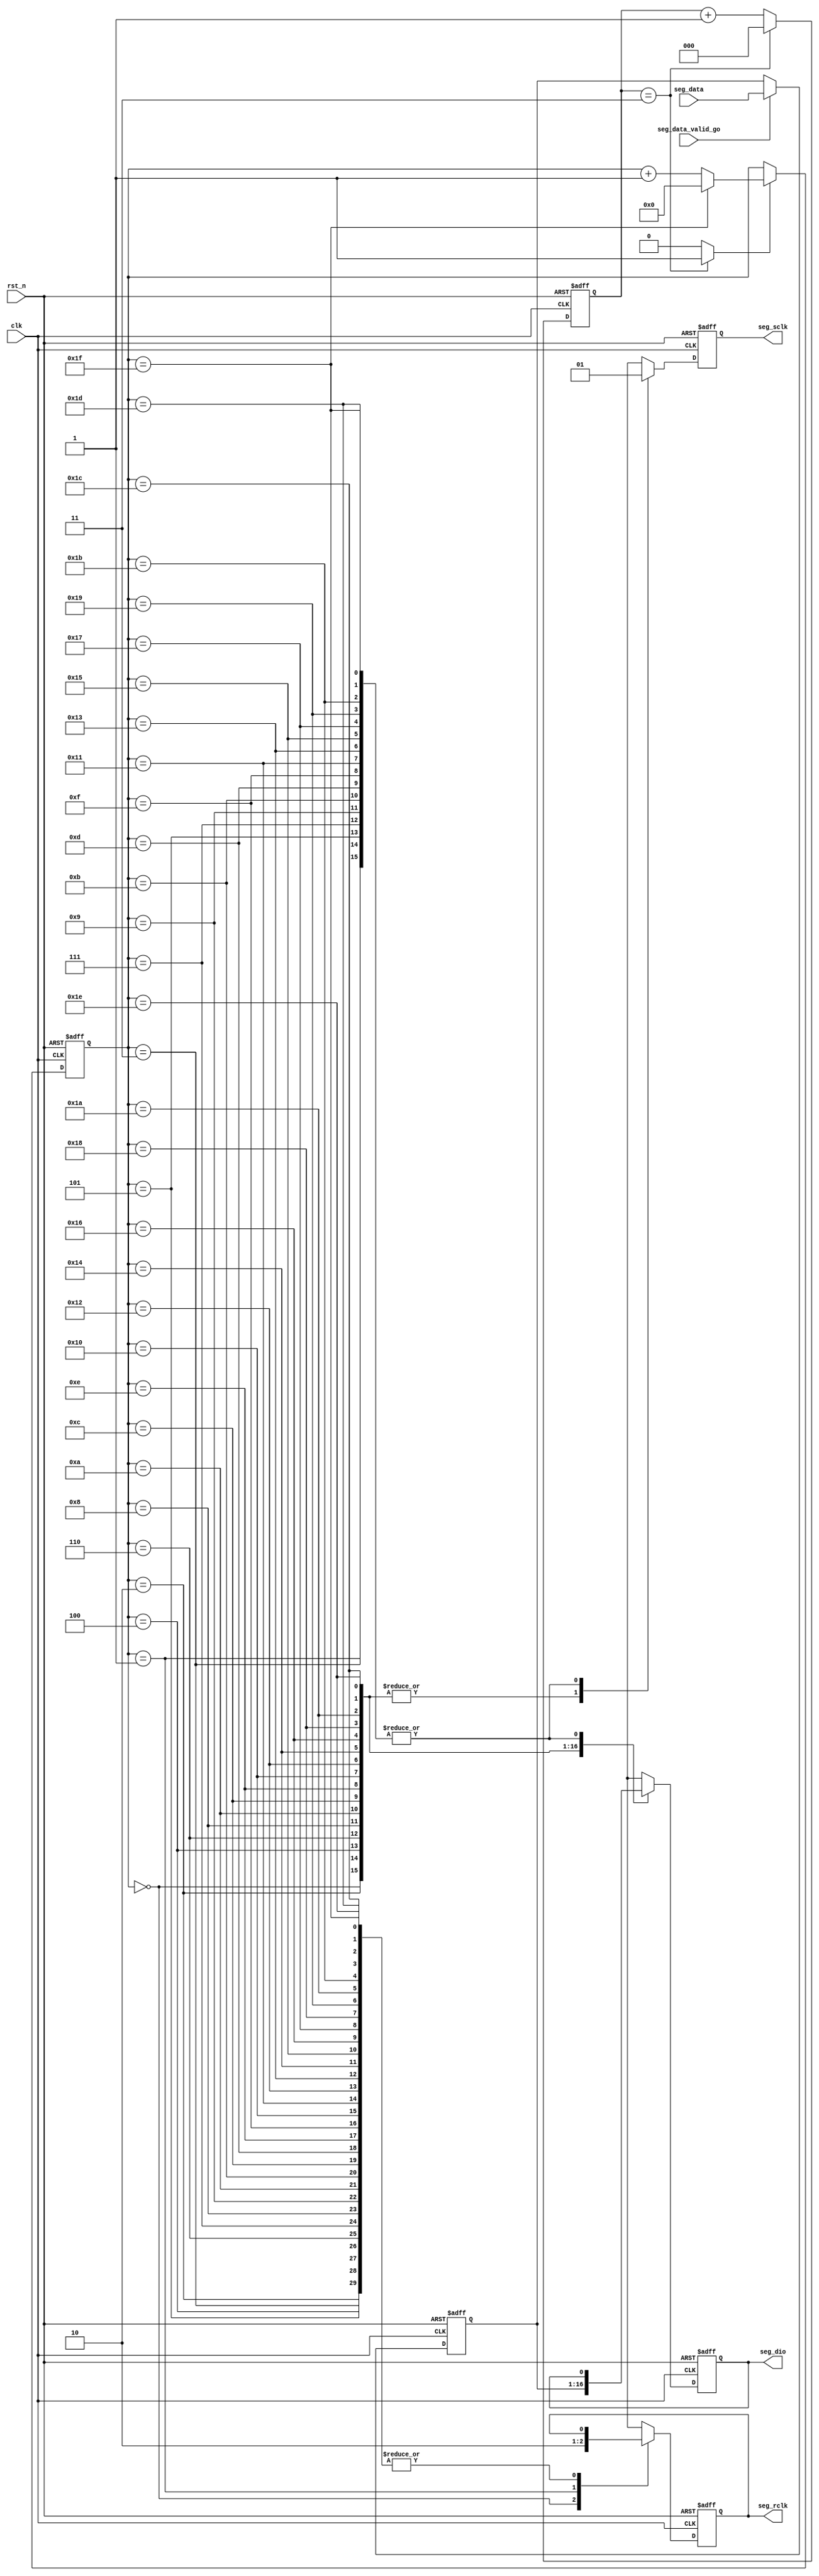
module hc595_driver(
	clk,
	rst_n,
	seg_data,
	seg_data_valid_go,
	seg_sclk,
	seg_rclk,
	seg_dio
);

	input clk;
	input rst_n;
	input [15:0] seg_data;
	input seg_data_valid_go;
	output reg seg_sclk;
	output reg seg_rclk;
	output reg seg_dio;
	

	reg [15:0] r_seg_data;
	always@(posedge clk or negedge rst_n) begin
		if(!rst_n)
			r_seg_data <= 'd0;
		else if(seg_data_valid_go == 1'b1)
			r_seg_data <= seg_data;
		else
			r_seg_data <= r_seg_data;
	end
	
	localparam DIV_CNT_MAX = 4;			//fseg_sclk = 6.25MHz
	reg [2:0] r_div_cnt;
	
	always@(posedge clk or negedge rst_n) begin
		if(!rst_n)
			r_div_cnt <= 'd0;
		else if(r_div_cnt == DIV_CNT_MAX -1)
			r_div_cnt <= 'd0;
		else	
			r_div_cnt <= r_div_cnt + 1'b1;
	end
	wire w_sclk_pluse;	//SH_CP
	assign w_sclk_pluse = (r_div_cnt == DIV_CNT_MAX -1) ? 1'b1 :1'b0;
	
	
	reg [4:0] r_sclk_edge_cnt;	//SH_CP
	
	
	always@(posedge clk or negedge rst_n) begin
		if(!rst_n)
			r_sclk_edge_cnt <= 'd0;
		else if(w_sclk_pluse == 1'b1)
			if(r_sclk_edge_cnt == 5'd31)
				r_sclk_edge_cnt <= 'd0;
			else
				r_sclk_edge_cnt <= r_sclk_edge_cnt + 1'd1;
		else
			r_sclk_edge_cnt <= r_sclk_edge_cnt;
	end
	

	
	always@(posedge clk or negedge rst_n) begin
		if(!rst_n) begin
			seg_sclk <= 1'd0;
			seg_rclk <= 1'd0;
			seg_dio <= 1'd0;
		end
		else begin
			case(r_sclk_edge_cnt)
				5'd0 : begin seg_sclk = 1'b0; seg_rclk = 1'b1; seg_dio = r_seg_data[15]; end //Q2H(HEX_DP)
				5'd1 : begin seg_sclk = 1'b1; seg_rclk = 1'b0;  								 end 
				5'd2 : begin seg_sclk = 1'b0;				        seg_dio = r_seg_data[14]; end //Q2G(HEX_G)
				5'd3 : begin seg_sclk = 1'b1;								   						 end
				5'd4 : begin seg_sclk = 1'b0;				        seg_dio = r_seg_data[13]; end //Q2F(HEX_F)
				5'd5 : begin seg_sclk = 1'b1;														    end
				5'd6 : begin seg_sclk = 1'b0;				        seg_dio = r_seg_data[12]; end //Q2E(HEX_E)
				5'd7 : begin seg_sclk = 1'b1;														    end
				5'd8 : begin seg_sclk = 1'b0;				        seg_dio = r_seg_data[11]; end //Q2D(HEX_D)	
				5'd9 : begin seg_sclk = 1'b1;														    end
				5'd10: begin seg_sclk = 1'b0;				        seg_dio = r_seg_data[10]; end //Q2C(HEX_C)	
				5'd11: begin seg_sclk = 1'b1;														    end
				5'd12: begin seg_sclk = 1'b0;				        seg_dio = r_seg_data[9];  end //Q2B(HEX_B)	
				5'd13: begin seg_sclk = 1'b1;					    									 end
				5'd14: begin seg_sclk = 1'b0;				        seg_dio = r_seg_data[8];  end //Q2A(HEX_A)
				5'd15: begin seg_sclk = 1'b1;					    									 end
				5'd16: begin seg_sclk = 1'b0;				        seg_dio = r_seg_data[7];  end //Q1H(HEX_SEL7)		
				5'd17: begin seg_sclk = 1'b1;					    									 end
				5'd18: begin seg_sclk = 1'b0;				        seg_dio = r_seg_data[6];  end //Q1G(HEX_SEL6)
				5'd19: begin seg_sclk = 1'b1;					    									 end
				5'd20: begin seg_sclk = 1'b0;				        seg_dio = r_seg_data[5];  end //Q1F(HEX_SEL5)
				5'd21: begin seg_sclk = 1'b1;					    									 end
				5'd22: begin seg_sclk = 1'b0;				        seg_dio = r_seg_data[4];  end //Q1E(HEX_SEL4)		
				5'd23: begin seg_sclk = 1'b1;					    									 end
				5'd24: begin seg_sclk = 1'b0;				        seg_dio = r_seg_data[3];  end //Q1D(HEX_SEL3)			
				5'd25: begin seg_sclk = 1'b1;					    									 end
				5'd26: begin seg_sclk = 1'b0;				        seg_dio = r_seg_data[2];  end //Q1C(HEX_SEL2)	
				5'd27: begin seg_sclk = 1'b1;					    									 end
				5'd28: begin seg_sclk = 1'b0;				        seg_dio = r_seg_data[1];  end //Q1B(HEX_SEL1)	
				5'd29: begin seg_sclk = 1'b1;					    									 end
				5'd30: begin seg_sclk = 1'b0;				        seg_dio = r_seg_data[0];  end //Q1A(HEX_SEL0)
				5'd31: begin seg_sclk = 1'b1;					    									 end
				default:;
			endcase
		end
	end

endmodule